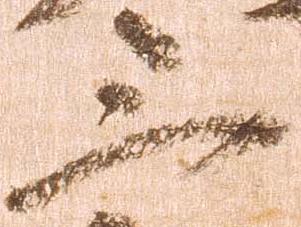
三